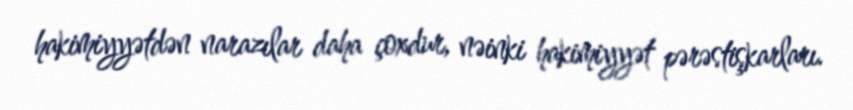
hakimiyyətdən narazılar daha çoxdur, nəinki hakimiyyət pərəstişkarları.